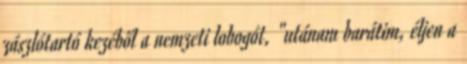
zászlótartó kezéből a nemzeti lobogót, "utánam barátim, éljen a